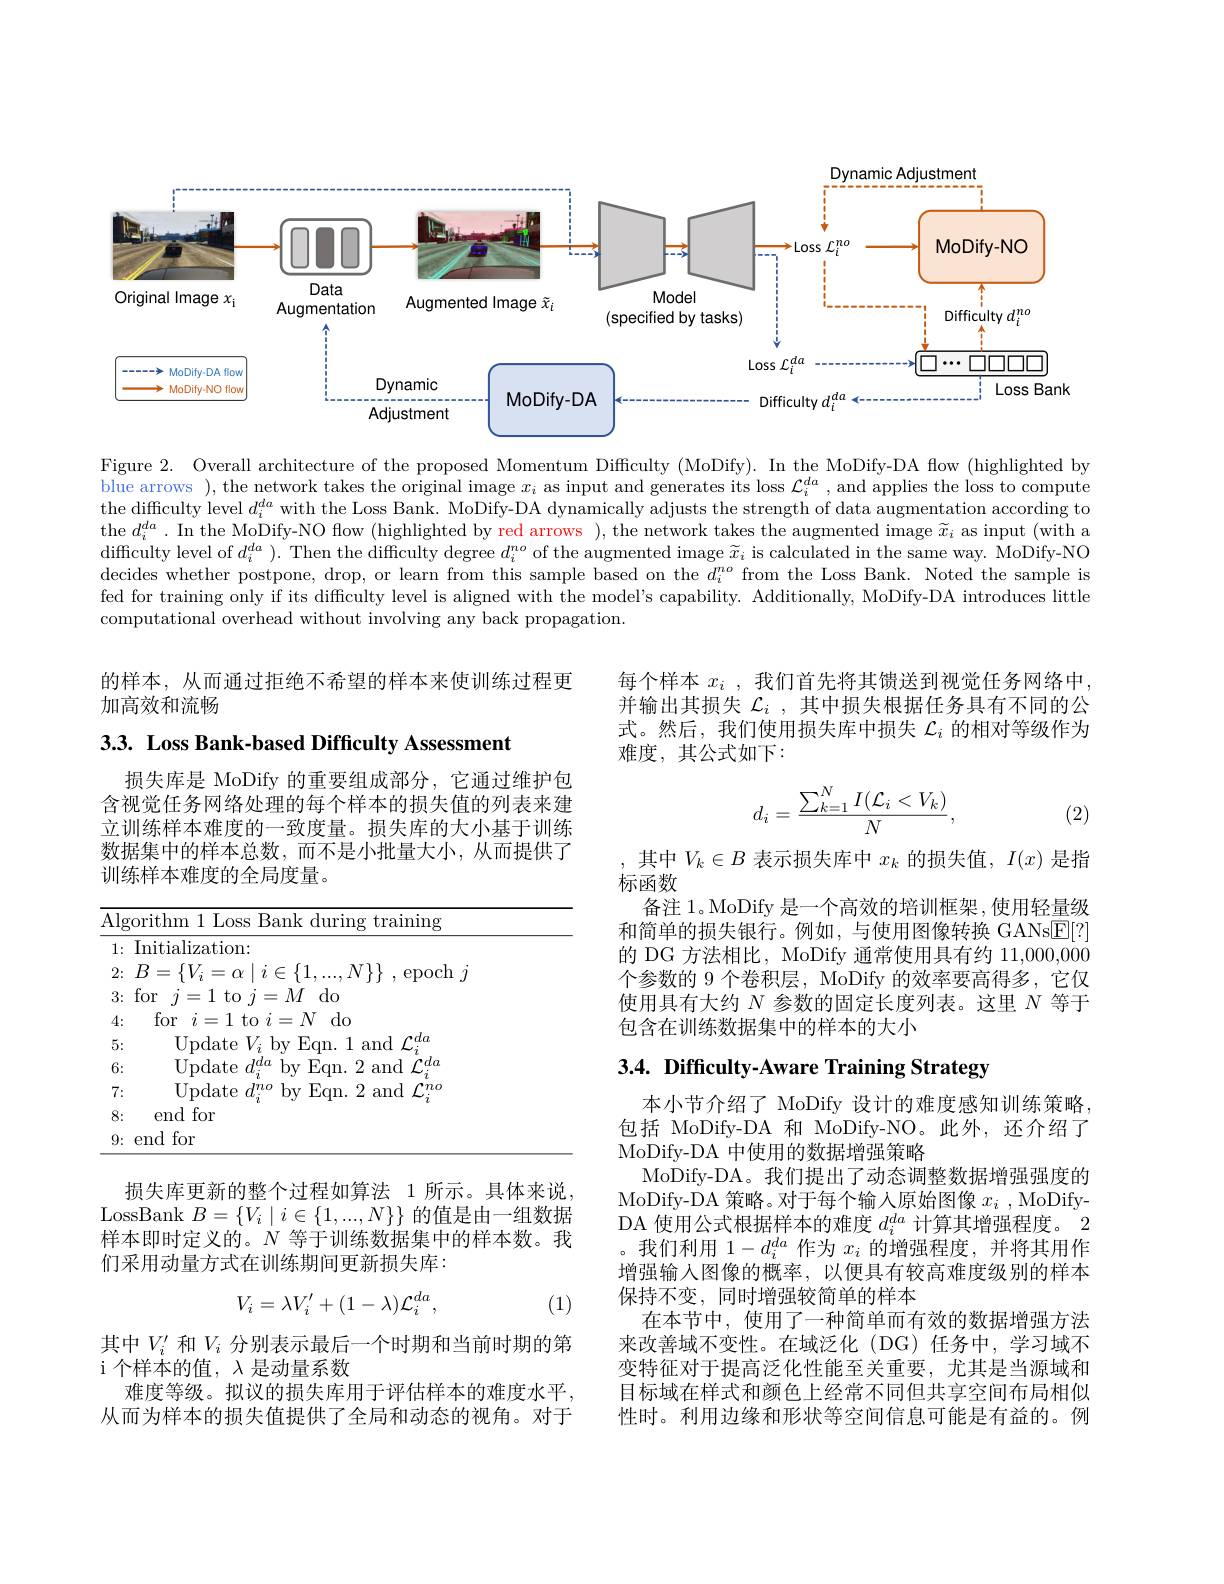
Dynamic Adjustment
<FigureHere>

Figure 2. Overall architecture of the proposed Momentum Difficulty (MoDify). In the MoDify-DA flow (highlighted by blue arrows ),the network takes the original image $x_i$ as input and generates its loss $\mathcal{L}_i^{da}$, and applies the loss to compute the difficulty level $d_i^{da}$ with the Loss Bank. MoDify-DA dynamically adjusts the strength of data augmentation according to the $d_i^{da}$ .In the MoDify-NO flow (highlighted by red arrows ), the network takes the augmented image $\widetilde{x}_i$ as input (with a difficulty level of $d_i^{da}$ ). Then the difficulty degree $d_i^{no}$ of the augmented image $\widetilde{x}_i$ is calculated in the same way. MoDify-NO decides whether postpone, drop, or learn from this sample based on the $d_i^{no}$ from the Loss Bank. Noted the sample is fed for training only if its difficulty level is aligned with the model's capability. Additionally, MoDify-DA introduces little computational overhead without involving any back propagation.

的样本，从而通过拒绝不希望的样本来使训练过程更
加高效和流畅

每个样本$x_i$ ,我们首先将其馈送到视觉任务网络中并输出其损失$\mathcal{L}_i$ ,其中损失根据任务具有不同的公式。然后，我们使用损失库中损失$\mathcal{L}_i$的相对等级作为难度，其公式如下：

3.3. Loss Bank-based Difficulty Assessment
$$d_i=\frac{\sum_{k=1}^NI(\mathcal{L}_i<V_k)}{N},$$
(2)

损失库是 MoDify 的重要组成部分，它通过维护包含视觉任务网络处理的每个样本的损失值的列表来建立训练样本难度的一致度量。损失库的大小基于训练数据集中的样本总数，而不是小批量大小，从而提供了训练样本难度的全局度量。

其中$V_k\in B$表示损失库中$x_k$的损失值，$I(x)$是指
标函数
备注 1。MoDify 是一个高效的培训框架，使用轻量级和简单的损失银行。例如，与使用图像转换 GANs$\underline{\mathrm{E}}[?]$ 的 DG 方法相比，MoDify 通常使用具有约 11,000,000个参数的 9 个卷积层，MoDify 的效率要高得多，它仅使用具有大约$N$参数的固定长度列表。这里$N$等于包含在训练数据集中的样本的大小

<table>
	<tbody>
		<tr>
			<td>Al</td>
			<td>$\overline{{\mathrm{Alg}}}$ 1 5 1 1 C T T</td>
			<td>training rithm 1.0.5 Rank during</td>
		</tr>
		<tr>
			<td>1:</td>
			<td>1:</td>
			<td>Initialization: </td>
		</tr>
		<tr>
			<td>2:</td>
			<td>2:</td>
			<td>$\operatorname{epoch}\dot{\eta}$ $IV$ 0</td>
		</tr>
		<tr>
			<td> 1</td>
			<td>3:</td>
			<td>for $=M$ do - </td>
		</tr>
		<tr>
			<td>4:</td>
			<td>4:</td>
			<td>for 7 $i=$ $\therefore$ 二 $=N$ do $\mathbf{t}_{\mathrm{T}}$</td>
		</tr>
		<tr>
			<td>5:</td>
			<td>5: </td>
			<td>Undate $,V.$ $hx$ $F_{i}Om$ and $f^{\prime}da$</td>
		</tr>
		<tr>
			<td>6:</td>
			<td>6:</td>
			<td>Undate and $f^{\prime}da$ 1.</td>
		</tr>
		<tr>
			<td>7:</td>
			<td>7: $\bullet$ 1</td>
			<td>Update $F_{i}\alpha m$ 2 and $f^{\boldsymbol{\Lambda}\boldsymbol{n}\boldsymbol{o}}$ M $^{*}/$</td>
		</tr>
		<tr>
			<td>8:</td>
			<td>8:</td>
			<td>end for</td>
		</tr>
		<tr>
			<td>9:</td>
			<td>9:</td>
			<td>end for</td>
		</tr>
	</tbody>
</table>

# 3.4. Difficulty-Aware Training Strategy

损失库更新的整个过程如算法 1 所示。具体来说， LossBank $B=\{V_i\mid i\in\{1,...,N\}\}$的值是由一组数据样本即时定义的。$N$等于训练数据集中的样本数。我们采用动量方式在训练期间更新损失库：

本小节介绍了 MoDify 设计的难度感知训练策略， 包括 MoDify-DA 和 MoDify-NO。此外，还介绍了MoDify-DA 中使用的数据增强策略
MoDify-DA。我们提出了动态调整数据增强强度的MoDify-DA 策略。对于每个输入原始图像$x_i$ , MoDifyDA 使用公式根据样本的难度$d_i^{da}$计算其增强程度。2 。我们利用$1-d_i^{da}$作为$x_i$的增强程度，并将其用作增强输入图像的概率，以便具有较高难度级别的样本保持不变，同时增强较简单的样本
在本节中，使用了一种简单而有效的数据增强方法来改善域不变性。在域泛化(DG)任务中，学习域不变特征对于提高泛化性能至关重要，尤其是当源域和目标域在样式和颜色上经常不同但共享空间布局相似性时。利用边缘和形状等空间信息可能是有益的。例
$$V_i=\lambda V_i'+(1-\lambda)\mathcal{L}_i^{da},$$
(1)

其中$V_i^{\prime}$和$V_i$分别表示最后一个时期和当前时期的第
i 个样本的值，$\lambda$是动量系数

难度等级。拟议的损失库用于评估样本的难度水平， 从而为样本的损失值提供了全局和动态的视角。对于